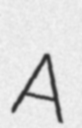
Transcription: A